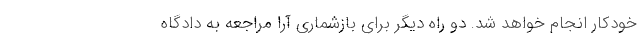
خودکار انجام خواهد شد. دو راه دیگر برای بازشماری آرا مراجعه به دادگاه